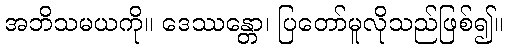
အဘိသမယကို။ ဒေဿန္တော၊ ပြတော်မူလိုသည်ဖြစ်၍။